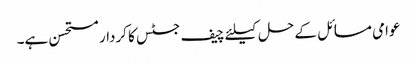
عوامی مسائل کے حل کیلئے چیف جسٹس کا کردار مستحسن ہے۔